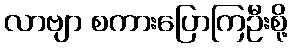
လာဗျာ စကားပြောကြဦးစို့